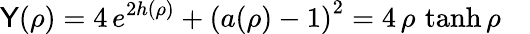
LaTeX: \mathsf{Y}(\rho)=4\, e^{2h(\rho)}+\left(a(\rho)-1\right)^{2}=4\, \rho\, \operatorname{tanh}\rho\quad